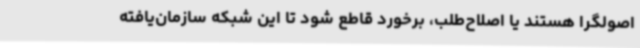
اصولگرا هستند یا اصلاح‌طلب، برخورد قاطع شود تا این شبکه سازمان‌یافته